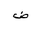
Letter: _dad